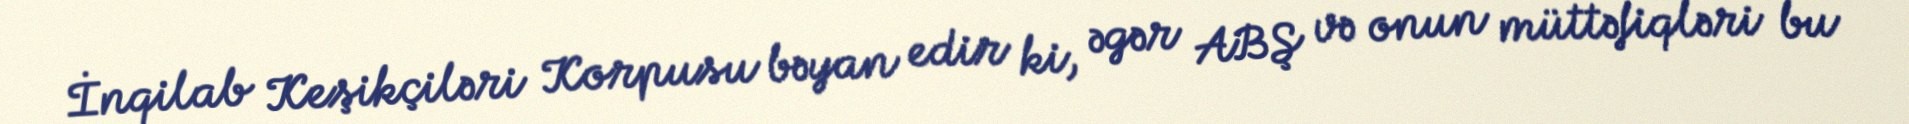
İnqilab Keşikçiləri Korpusu bəyan edir ki, əgər ABŞ və onun müttəfiqləri bu